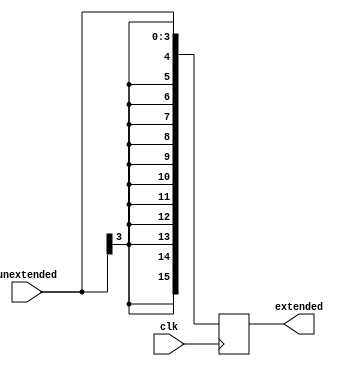
`timescale 1ns / 1ps
//////////////////////////////////////////////////////////////////////////////////
// Company: 
// Engineer: 
// 
// Design Name: 
// Module Name:    signextender 
// Project Name: 
// Target Devices: 
// Tool versions: 
// Description: 
//
// Dependencies: 
//
// Revision: 
// Revision 0.01 - File Created
// Additional Comments: 
//
//////////////////////////////////////////////////////////////////////////////////
module signextender(
  input [3:0] unextended,
  input clk,
  output reg [15:0] extended 
);

always@(posedge clk)
  begin 
    extended <= $signed(unextended);
  end
endmodule